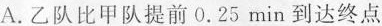
A.乙队比甲队提前0.25min到达终点